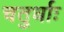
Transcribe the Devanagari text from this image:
चतुर्धाः